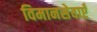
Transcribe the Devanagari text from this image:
विमानसेवाएँ